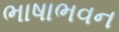
ભાષાભવન